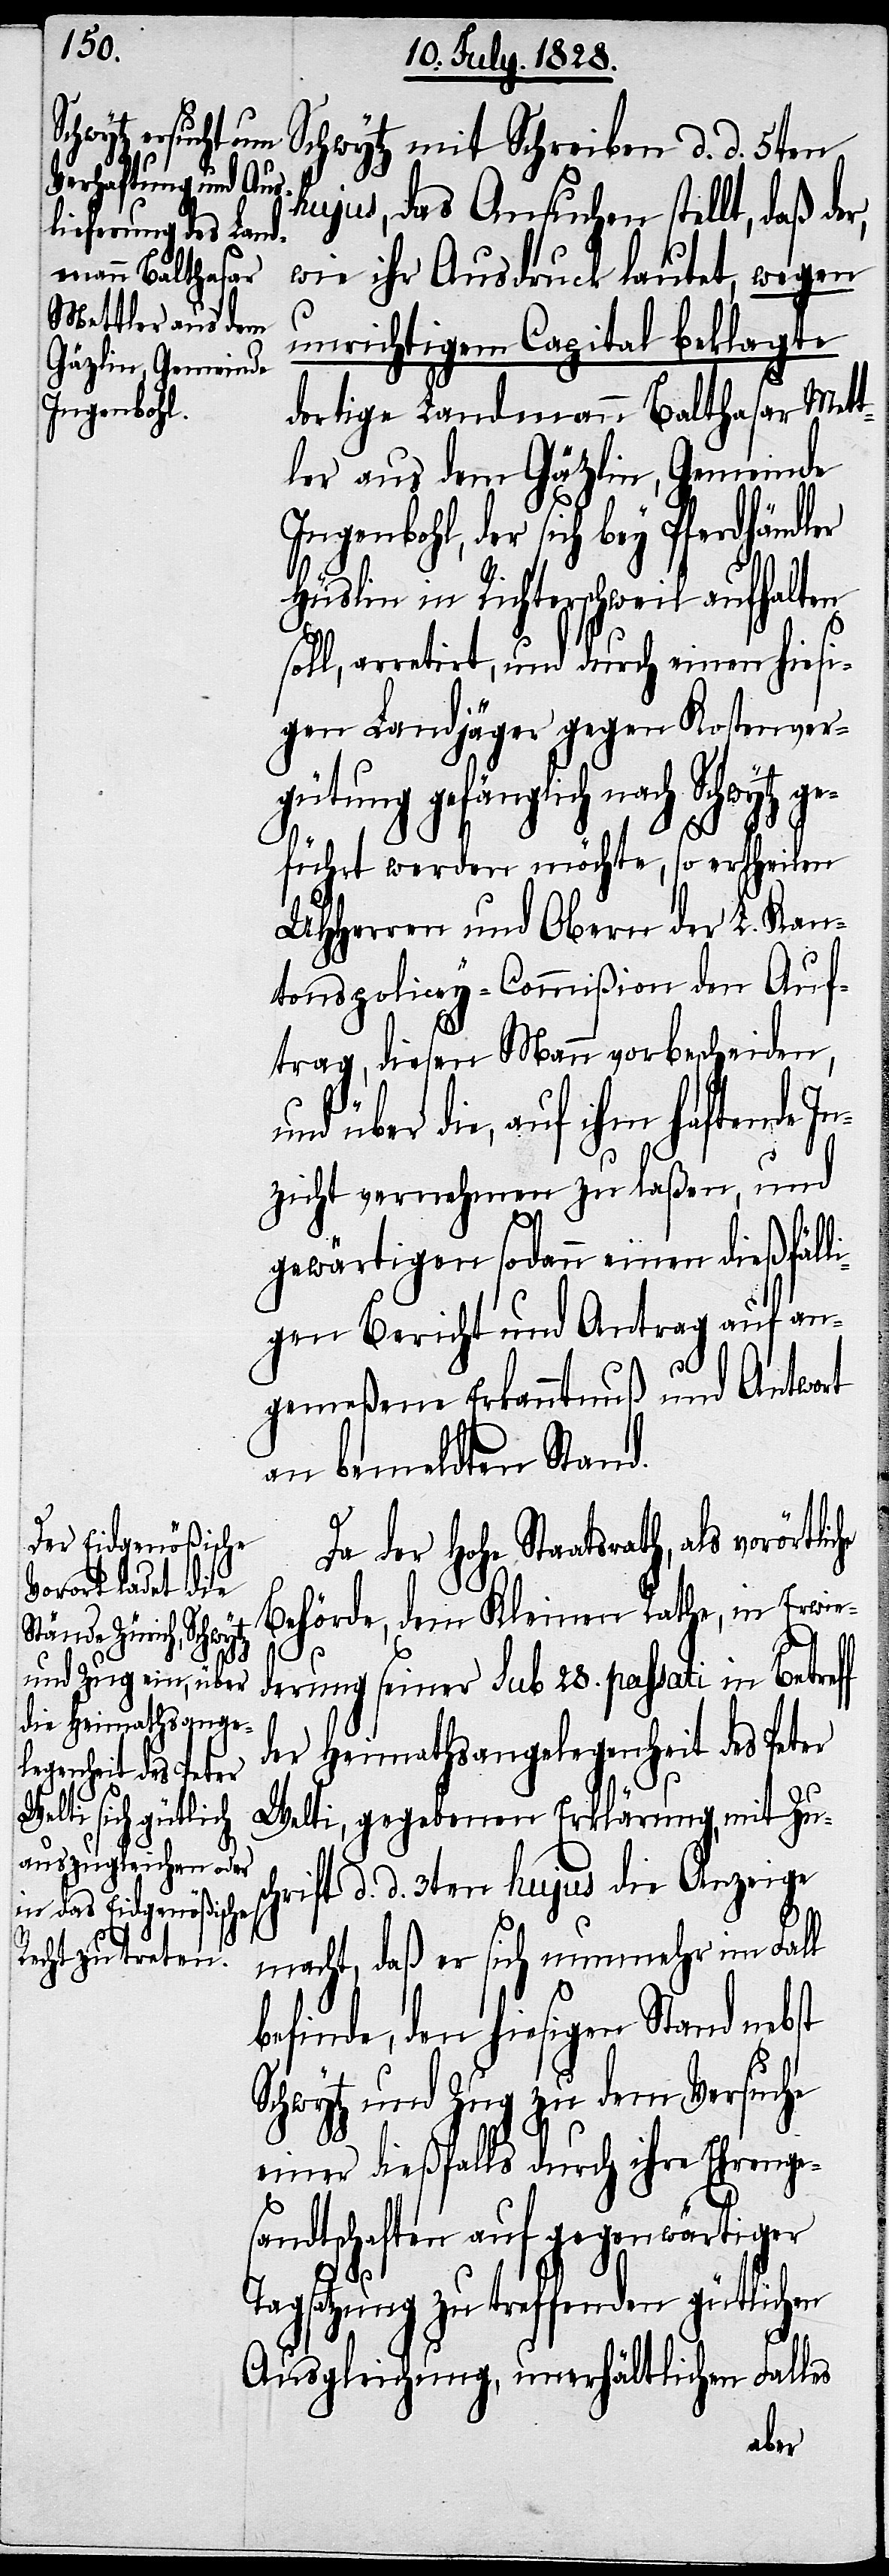
als vorörtliche
f

Schwytz mit Schreiben d. d. 5ten
hujus, das Ansuchen stellt, daß de¬
wie ihr Ausdruck lautet, wegen
unrichtigem Capital beklagte
dortige Landmann Balthasar Mett¬
ler aus dem Gäzlin, Gemeinde
Ingenbohl, der sich bey Pferdhändler
Hüslin in Richterschweil aufhalten
soll, arretirt, und durch einen hiesi¬
gen Landjäger gegen Kostenver¬
gütung gefänglich nach Schwytz
führt werden möchte, so ertheilen
UHHerren und Obern der L. Kan¬
tonspolicey-Commißion den Auf¬
trag, diesen Mann vorbescheiden,
und über die, auf ihm haftende In¬
zicht vernehmen zu laßen, und
gewärtigen sodann einen dießfäll¬
igen Bericht und Antrag auf an¬
gemeßene Erkanntnuß und Antwort
an bemeldten Stand.
Da der Hohe Staatsrath,
Behörde, dem Kleinen Rathe, in Erwie¬
derung seiner sub 28. passati in Betref¬
der Heimathsangelegenheit des Peter
Welti, gegebenen Erklärung, mit Zus¬
chrift d. d. 3ten hujus die Anzeige
macht, daß er sich nunmehr im Fall
befinde, den hiesigen Stand nebst
Schwytz und Zug zu dem Versuche
einer dießfalls durch ihre Ehrenge¬
sandtschaften auf gegenwärtiger
Tagsatzung zu treffenden gütlichen
Ausgleichung, unerhältlichen Falles